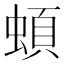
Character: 蝢